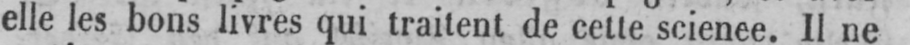
elle les bons livres qui traitent de cette science. Il ne